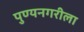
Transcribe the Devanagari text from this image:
पुण्यनगरीला